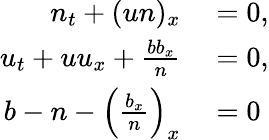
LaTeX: \begin{array}{rl}{n_{t}+(un)_{x}}&{{}=0,}\\ {u_{t}+uu_{x}+\frac{bb_{x}}{n}}&{{}=0,}\\ {b-n-\left(\frac{b_{x}}{n}\right)_{x}}&{{}=0}\end{array}